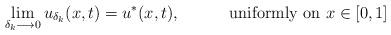
LaTeX: \begin{align*}~~~~~~~~~~~~~~~~~~~~~~~~\lim_{\delta_{k}\longrightarrow{0}}u_{\delta_{k}}(x,t)=u^{\ast}(x,t),~~~~~~~~~\mbox{uniformly on}~x\in[0,1]\end{align*}